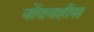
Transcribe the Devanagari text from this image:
नोंदवहीस